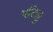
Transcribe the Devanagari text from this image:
पतिट्टु